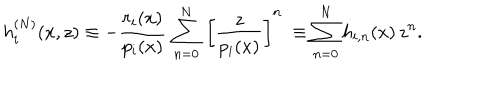
LaTeX: h _ { i } ^ { ( N ) } ( x , z ) \equiv - \frac { r _ { i } ( x ) } { p _ { i } ( x ) } \, \sum _ { n = 0 } ^ { N } \, { \left[ \frac { z } { p _ { i } ( x ) } \right] } ^ { n } \ \equiv \sum _ { n = 0 } ^ { N } h _ { i , n } ( x ) \, z ^ { n } .